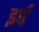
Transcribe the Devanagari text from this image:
इर्प